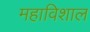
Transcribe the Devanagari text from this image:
महाविशाल